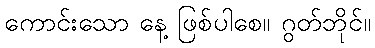
ကောင်းသော နေ့ ဖြစ်ပါစေ။ ဂွတ်ဘိုင်။